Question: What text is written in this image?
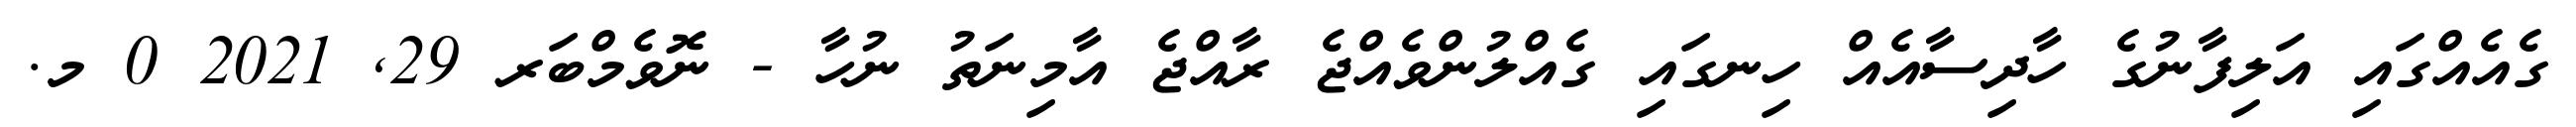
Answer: ގެއެއްގައި އަލިފާނުގެ ހާދިސާއެއް ހިނގައި ގެއްލުންވެއްޖެ ރާއްޖެ އާމިނަތު ނުހާ - ނޮވެމްބަރ 29, 2021 0 މ.